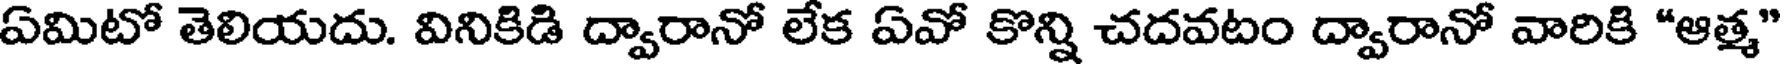
ఏమిటో తెలియదు. వినికిడి ద్వారానో లేక ఏవో కొన్ని చదవటం ద్వారానో వారికి "ఆత్మ"